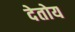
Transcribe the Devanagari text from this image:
देतोय